18_6369445_General_1948_Vol_1
Agency: Department of War
Incident date: 6/15/48
Page 2
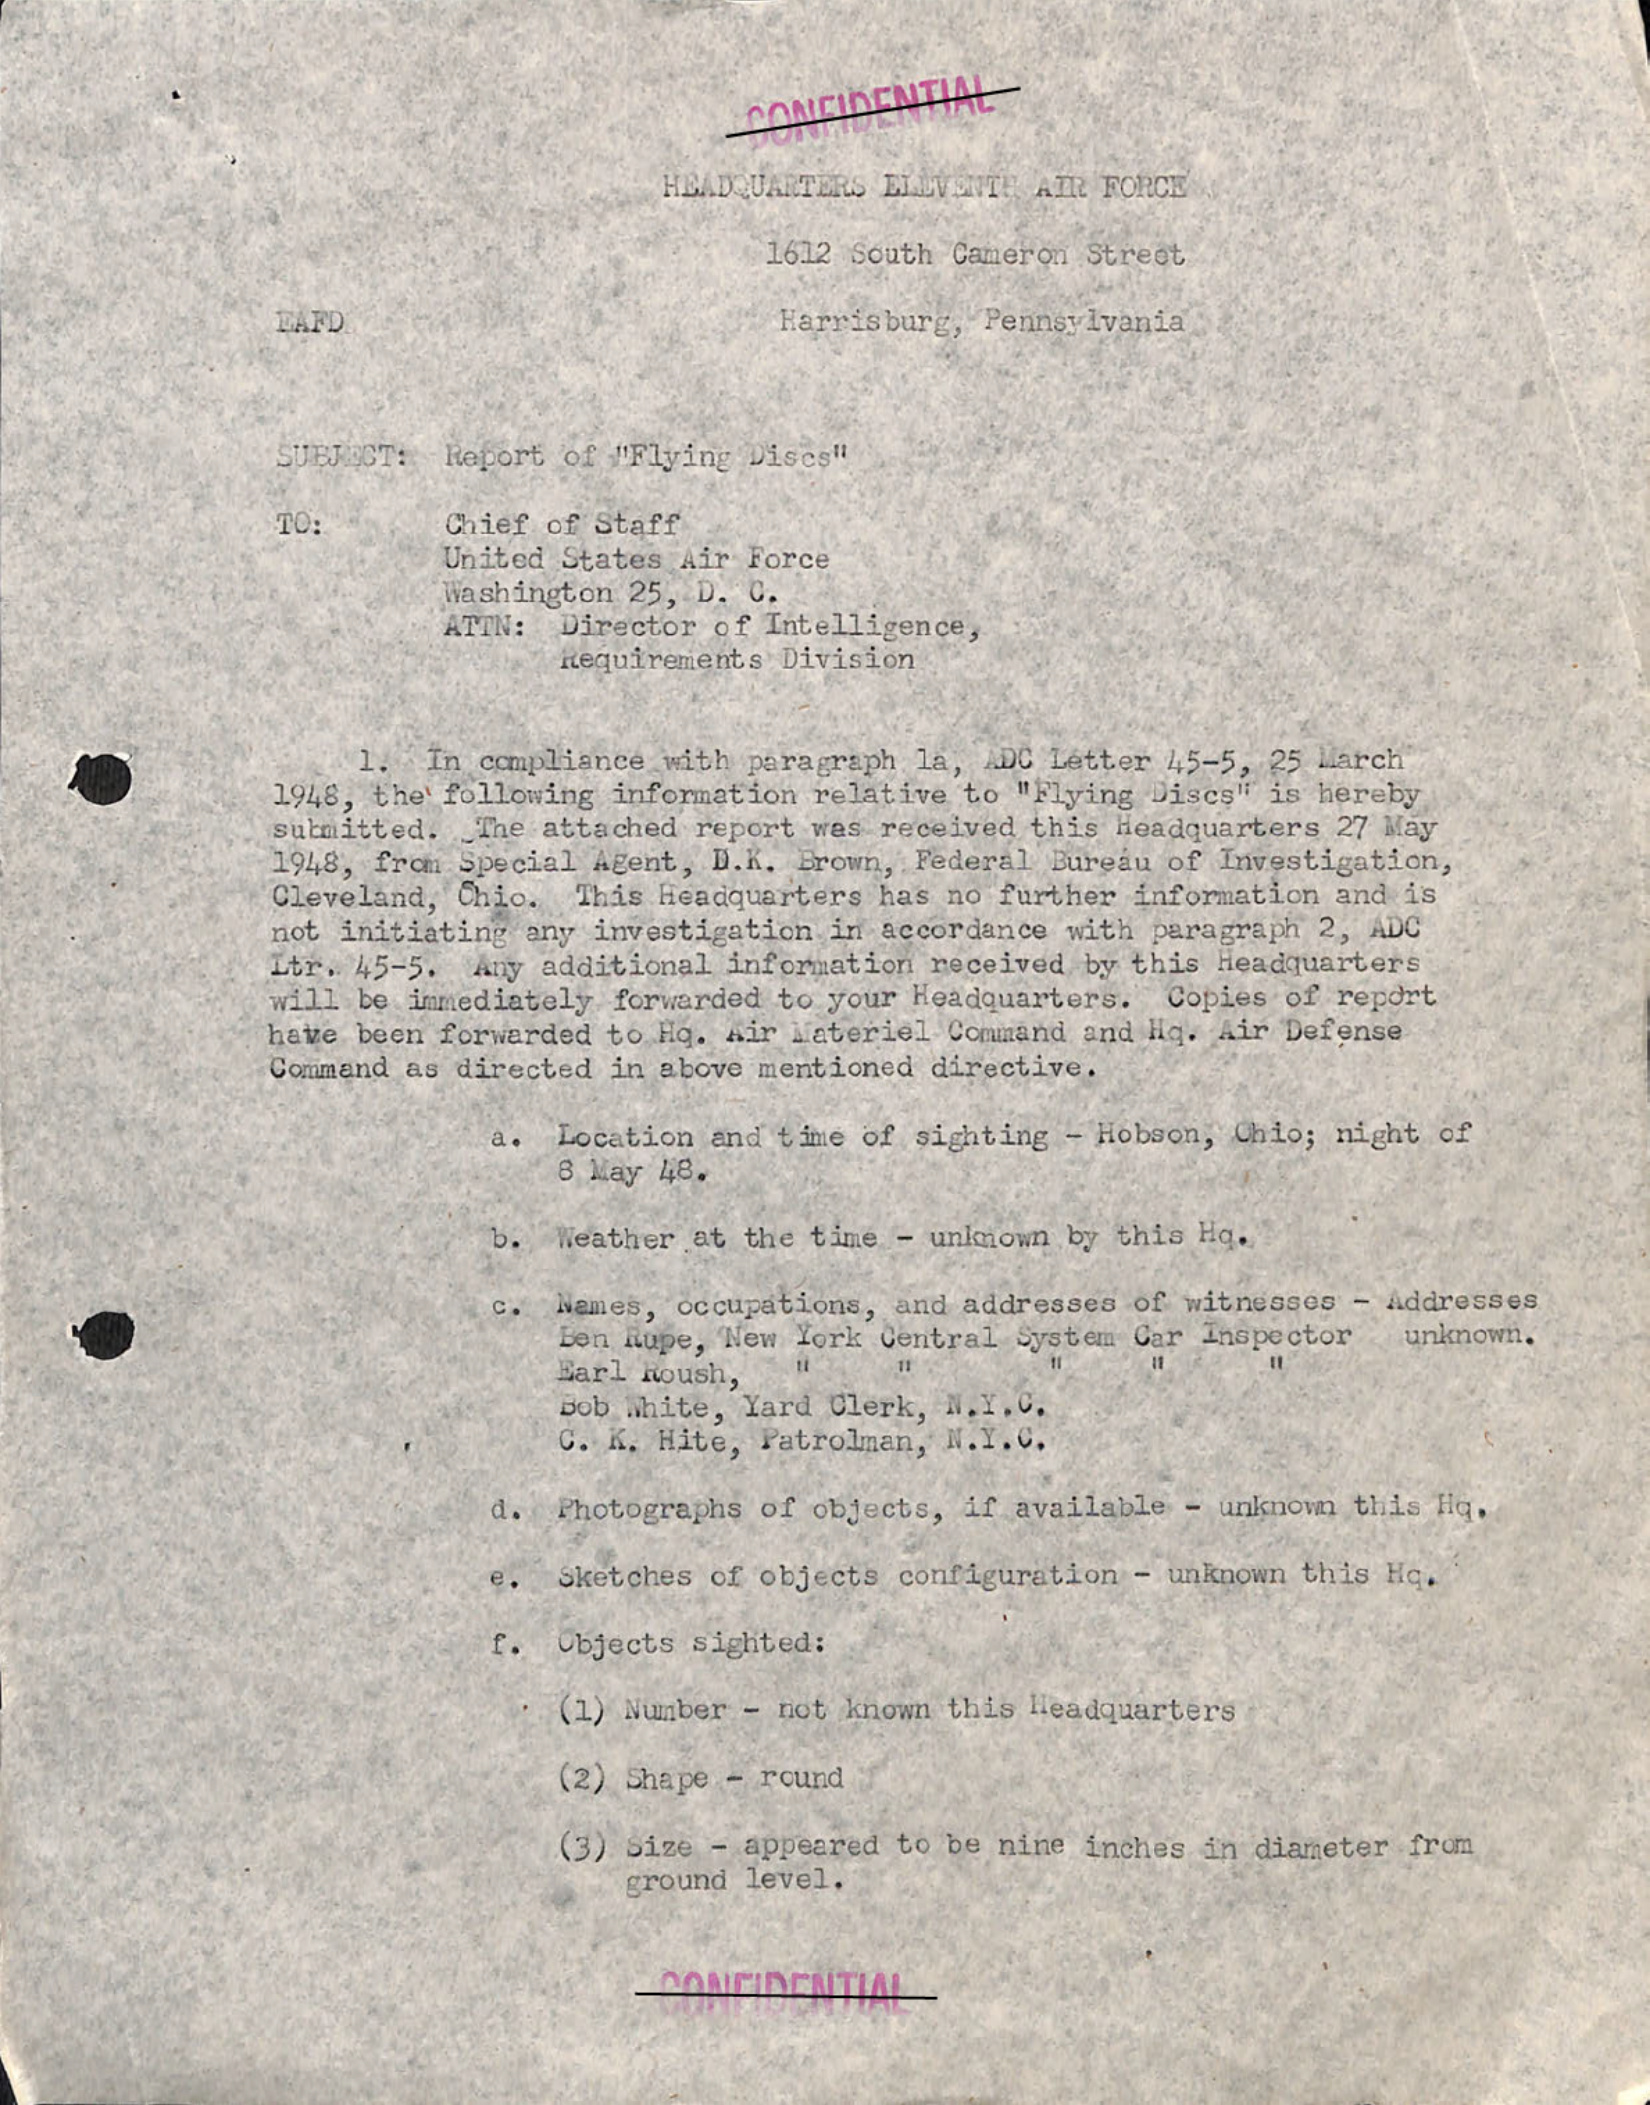